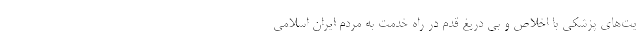
یت‌های پزشکی با اخلاص و بی دریغ قدم در راه خدمت به مردم ایران اسلامی